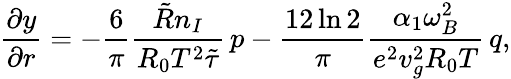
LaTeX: \frac{\partial y}{\partial r}=-\frac{6}{\pi}\frac{\tilde{R}n_{I}}{R_{0}T^{2}\tilde{\tau}}\, p-\frac{12\ln 2}{\pi}\frac{\alpha_{1}\omega_{B}^{2}}{e^{2}v_{g}^{2}R_{0}T}\, q,